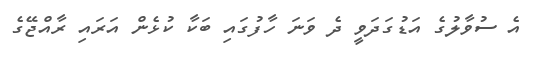
އެ ސުވާލުގެ އަޑުގަދަވީ ދެ ވަނަ ހާފުގައި ބަކާ ކުޅެން އަރައި ރާއްޖޭގެ